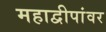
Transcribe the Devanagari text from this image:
महाद्वीपांवर